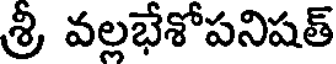
శ్రీ వల్లభేశోపనిషత్